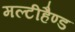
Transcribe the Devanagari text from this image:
मल्टीहैण्ड